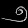
Digit: ၅